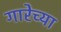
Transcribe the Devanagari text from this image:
गारेच्या